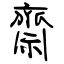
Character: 齋